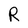
Character: R